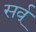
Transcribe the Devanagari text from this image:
सर्व्